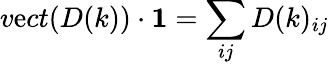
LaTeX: v\mathrm{e}ct(D(k))\cdot\textbf{{1}}=\sum_{ij}D(k)_{ij}